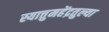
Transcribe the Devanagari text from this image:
स्यात्तुमहेंद्रतुल्या